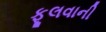
ફૂલવાની